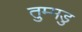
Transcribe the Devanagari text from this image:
तुम्मडु